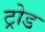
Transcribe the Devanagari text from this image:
ट्रोड